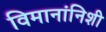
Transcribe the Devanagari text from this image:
विमानांनिशी